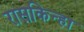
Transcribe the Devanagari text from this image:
रासकिन्हा